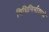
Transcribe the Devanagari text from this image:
विधिनिर्माताओं